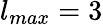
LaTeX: l_{max}=3